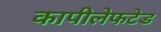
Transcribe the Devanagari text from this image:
कापीलेफटेड